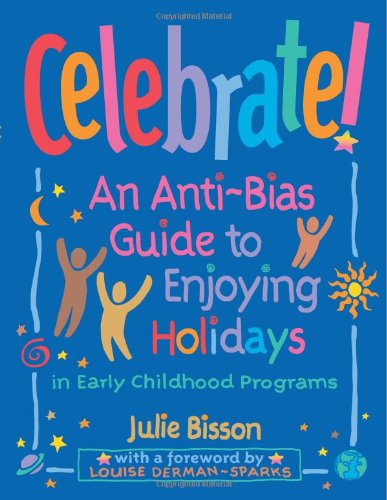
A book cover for Celebrate!: An Anti-Bias Guide to Enjoying Holidays in Early Childhood Programs; Julie Bisson; Politics & Social Sciences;